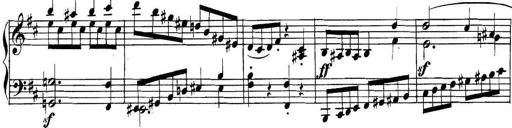
Title: Collected Piano Sonatas
Composer: Muzio Clementi